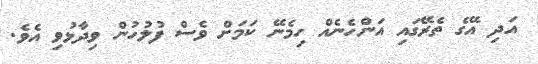
އަދި އޭގެ ތެރޭގައި އަންހެނެއް ހިމެނޭ ކަމަށް ވެސް ފުލުހުން ވިދާޅުވި އެވެ.